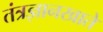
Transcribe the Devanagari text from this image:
तंत्रज्ञानखाते